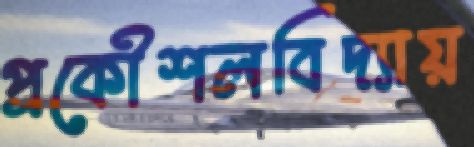
প্রকৌশলবিদ্যায়